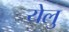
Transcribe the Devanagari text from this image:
येलु